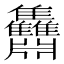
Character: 䨊